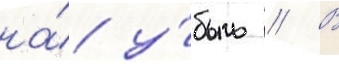
на́ у́быль // В